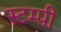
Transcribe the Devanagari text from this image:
स्टम्पी